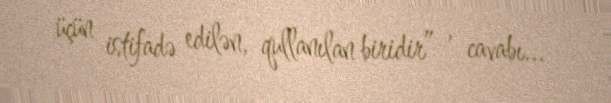
üçün istifadə edilən, qullanılan biridir” , cavabı...